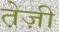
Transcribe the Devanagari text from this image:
ते़ज़ी